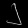
Digit: ၂